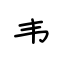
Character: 韦